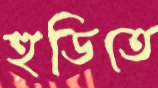
হুডিতে